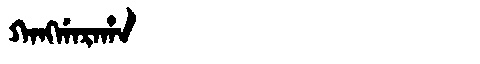
Manchu: ᡴᠠᠩᡤᠠᡵᠠᡥᠠ
Romanization: KANGGARAHA